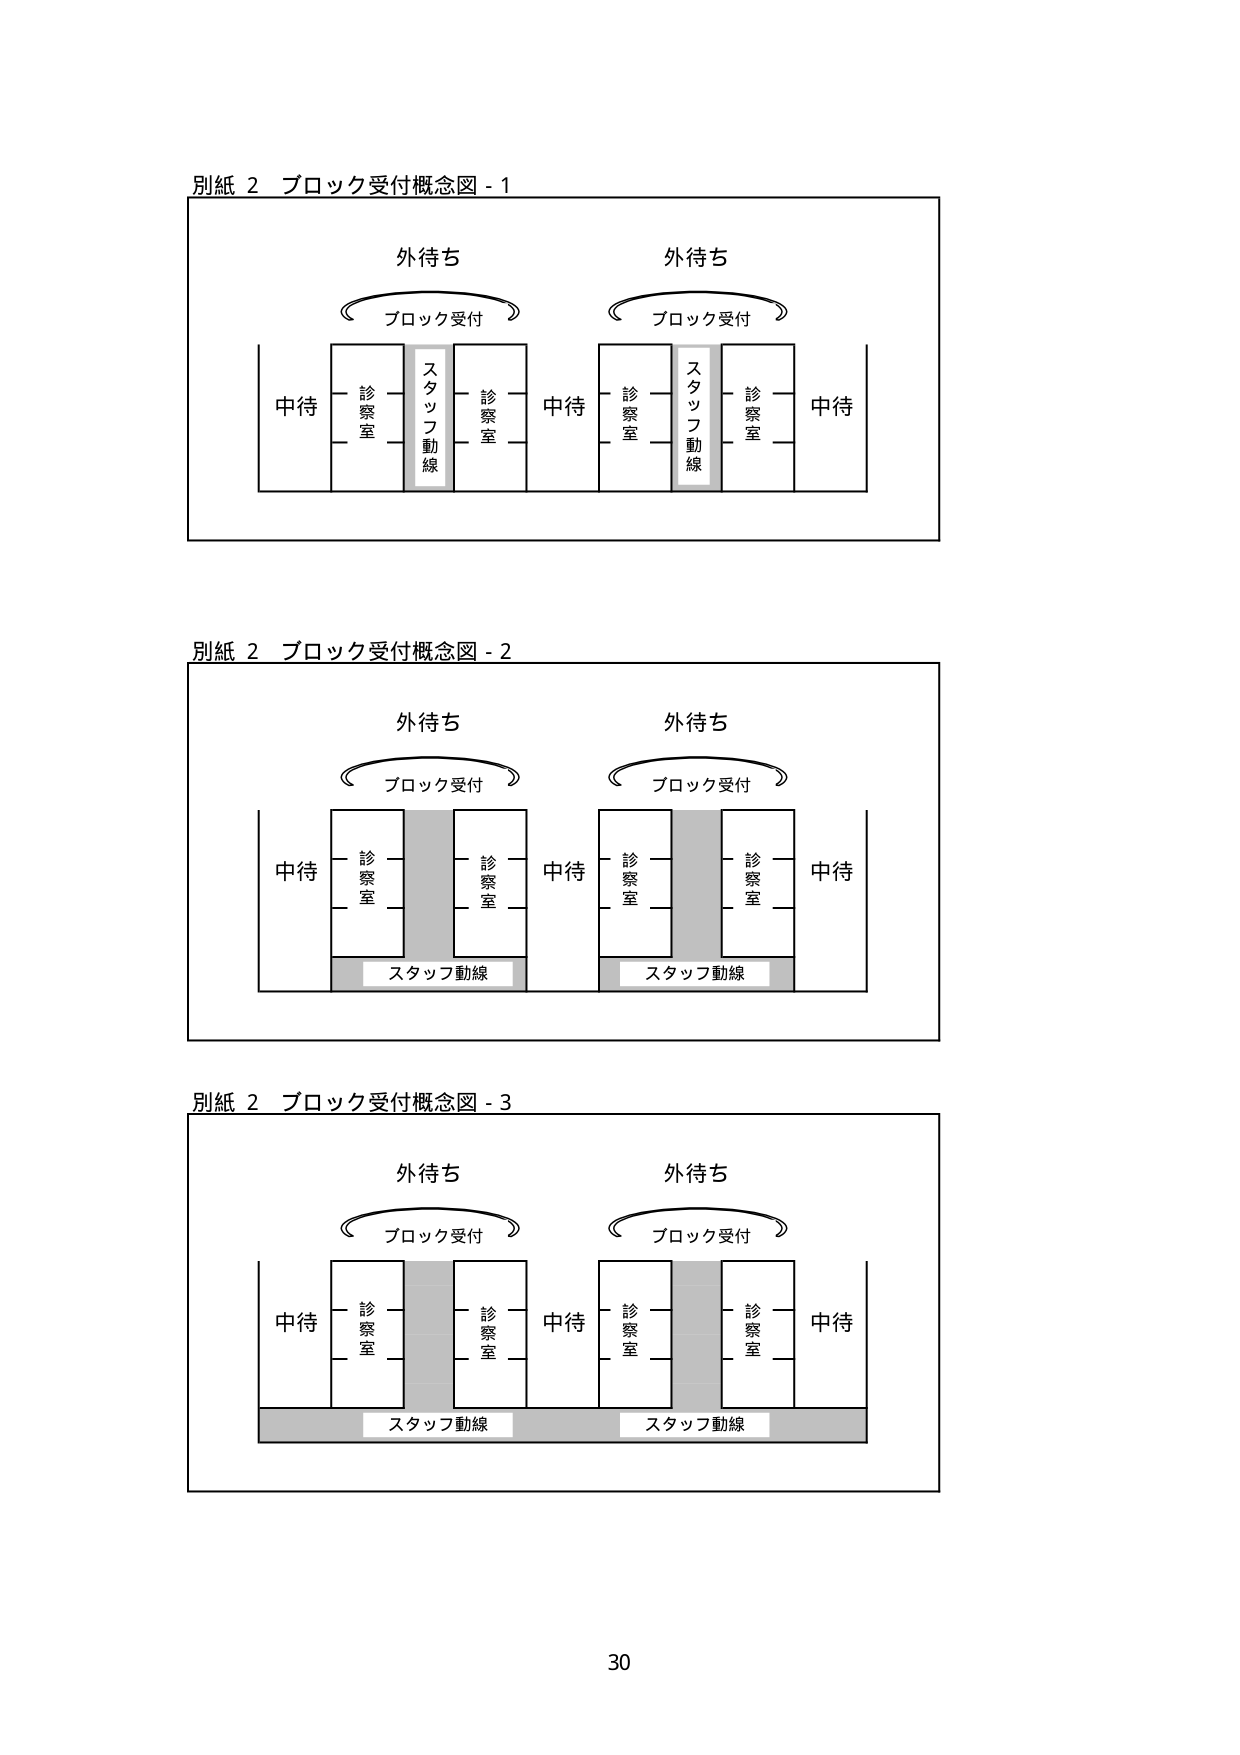
別紙 2 ブロック受付概念図 - 1
外待ち
ブロック受付
中待
診察室
スタッフ動線
診察室
中待
外待ち
ブロック受付
診察室
スタッフ動線
診察室
中待

別紙 2 ブロック受付概念図 - 2
外待ち
ブロック受付
中待
診察室
スタッフ動線
診察室
中待
外待ち
ブロック受付
診察室
スタッフ動線
診察室
中待

別紙 2 ブロック受付概念図 - 3
外待ち
ブロック受付
中待
診察室
スタッフ動線
診察室
中待
外待ち
ブロック受付
診察室
スタッフ動線
診察室
中待

30